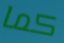
كما